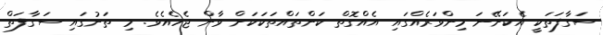
ސަގާފަތަކީ އެކަށޭނަ މިންވަރެއްގައި އެއްގޮތް ކަންތައްތަކަކަށް ވާން ޖެހެއެވެ. މި ތަނުގައި ސަގާފަތް